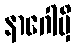
နာဂေါမှိ